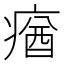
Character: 𤸈